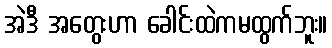
အဲဒီ အတွေးဟာ ခေါင်းထဲကမထွက်ဘူး။